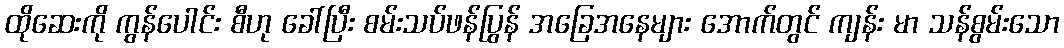
ထိုဆေးကို ကွန်ပေါင်း စီဟု ခေါ်ပြီး စမ်းသပ်ဖန်ပြွန် အခြေအနေများ အောက်တွင် ကျန်း မာ သန်စွမ်းသော